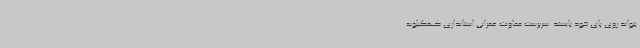
بتواند روی پای خود بایستد. سرپرست معاونت عمرانی استانداری کهگیلویه